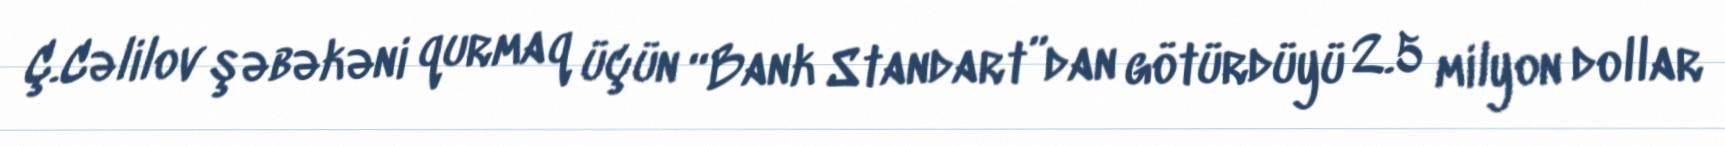
Ç.Cəlilov şəbəkəni qurmaq üçün “Bank Standart”dan götürdüyü 2.5 milyon dollar